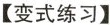
【变式练习】